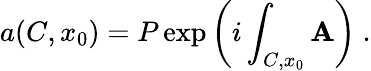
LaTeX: a(C,x_{0})=P\exp\left(i\int_{C,x_{0}}\mathbf{A}\right)~.